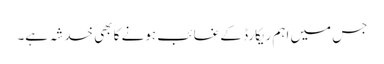
جس میں اہم ریکارڈ کے غائب ہونے کا بھی خدشہ ہے۔